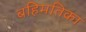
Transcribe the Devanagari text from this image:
बहिमतिका